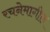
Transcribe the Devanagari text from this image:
रचनेमागील